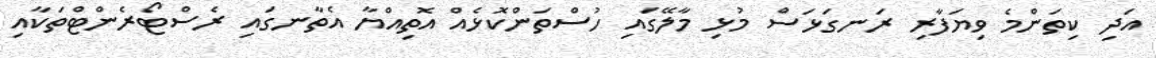
އަދި ކިތަންމެ ވިޔަފާރި ރަނގަޅަސް މުޅި މާލޭގައި ހުސްތަންކޮޅެއް އޮތިއްޔާ އެތާނގައި ރެސްޓޯރެންޓްތަކާއި